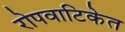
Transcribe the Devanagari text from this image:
रोपवाटिकेत